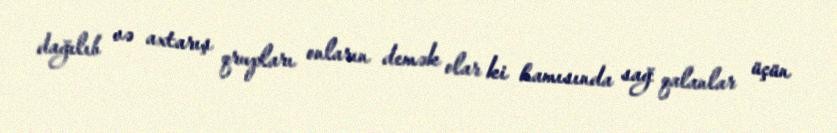
dağılıb və axtarış qrupları onların demək olar ki hamısında sağ qalanlar üçün